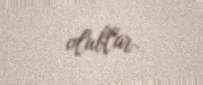
olublar.